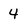
Character: 4